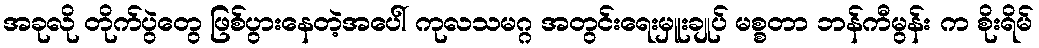
အခုလို တိုက်ပွဲတွေ ဖြစ်ပွားနေတဲ့အပေါ် ကုလသမဂ္ဂ အတွင်းရေးမှူးချုပ် မစ္စတာ ဘန်ကီမွန်း က စိုးရိမ်